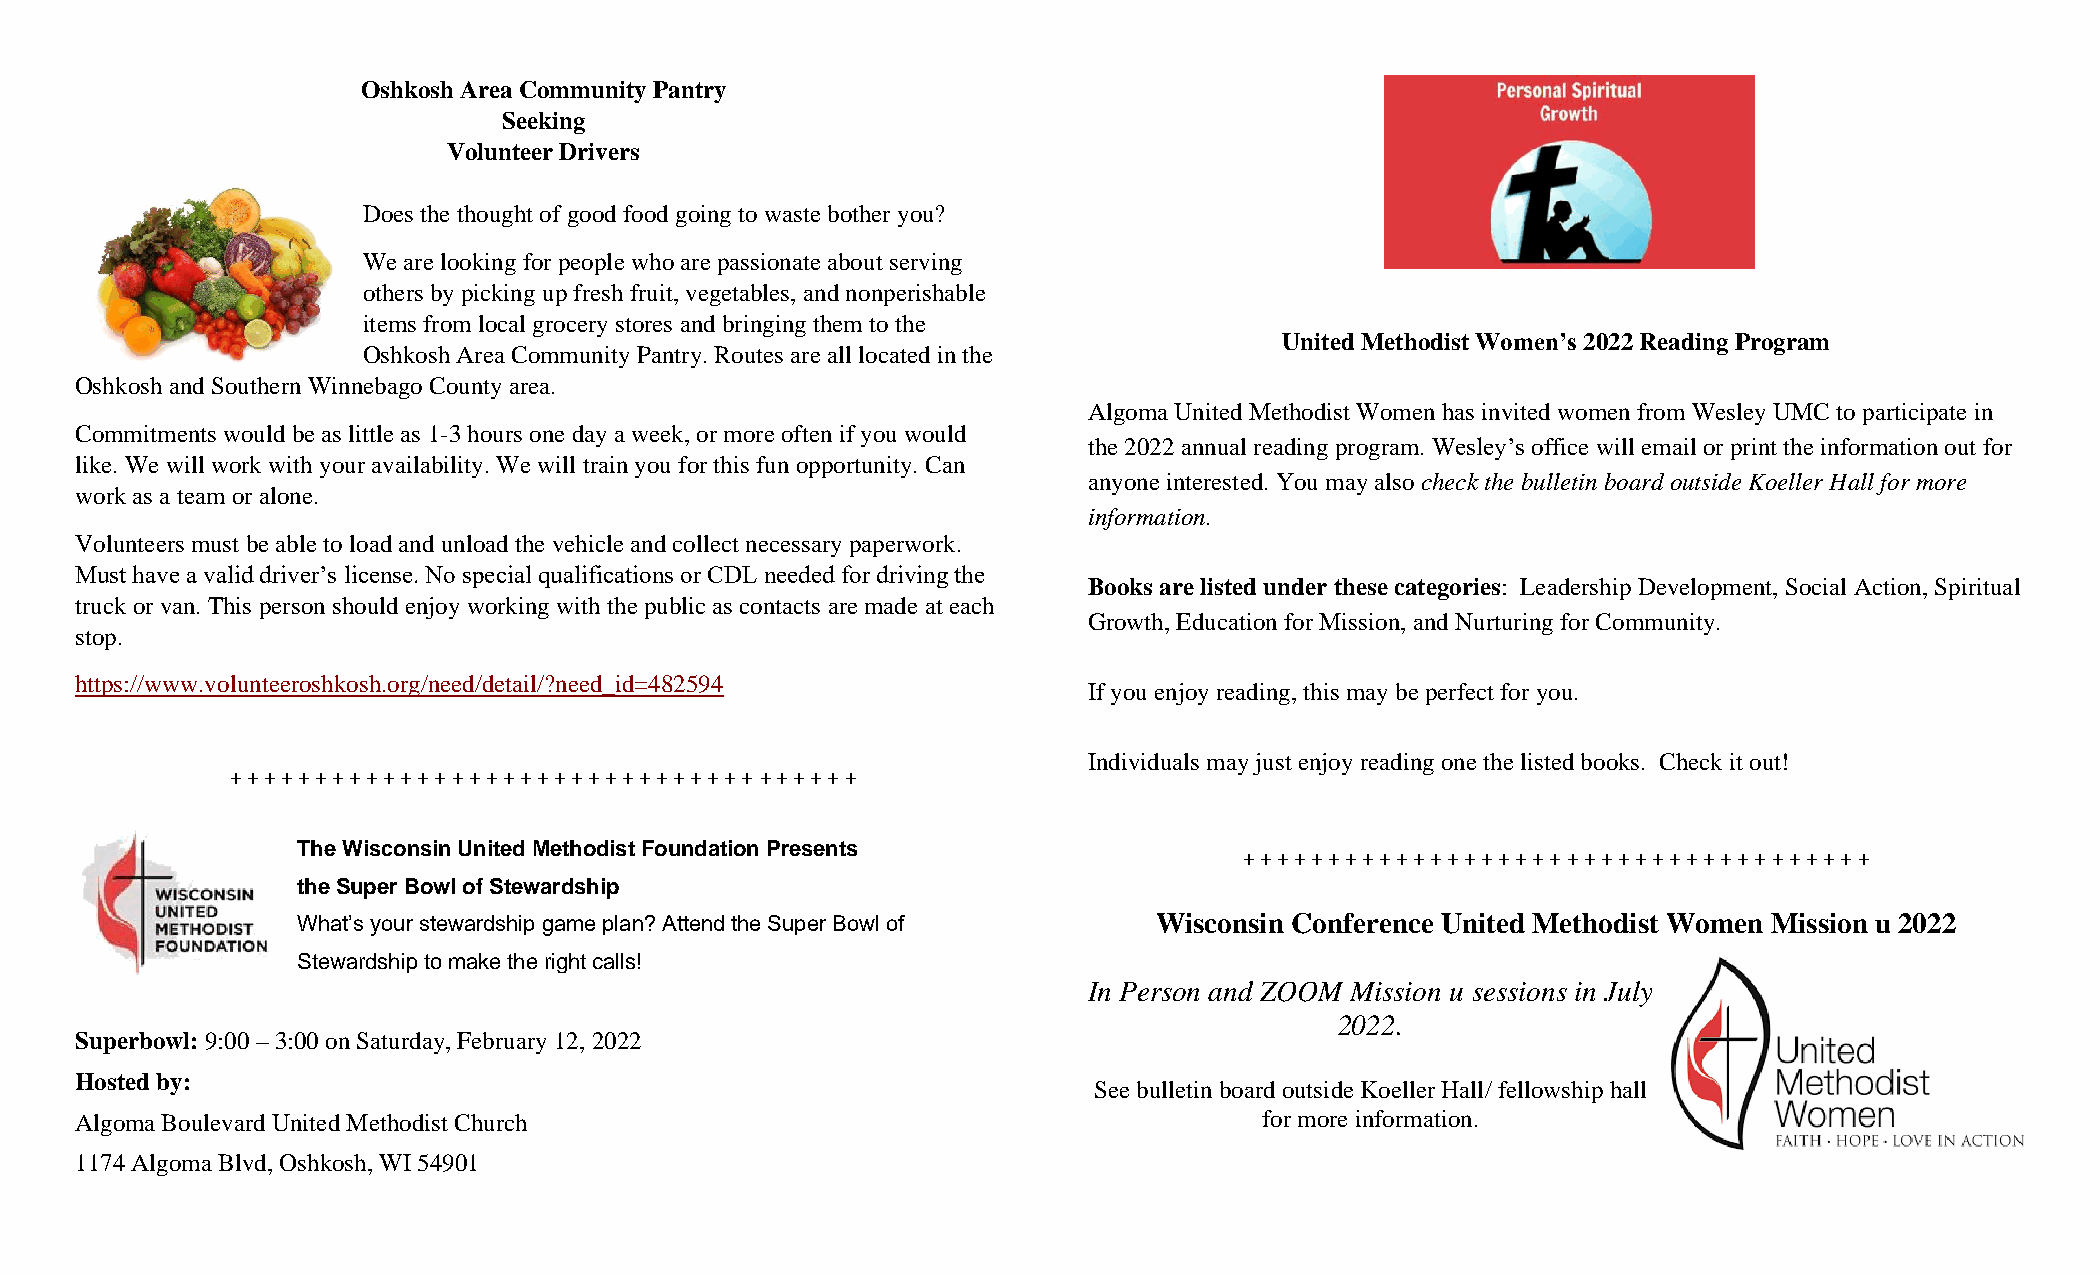
Oshkosh Area Community Pantry
 Seeking
 Volunteer Drivers
 Does the thought of good food going to waste bother you?
 We are looking for people who are passionate about serving
 others by picking up fresh fruit, vegetables, and nonperishable
 items from local grocery stores and bringing them to the
 United Methodist Women’s 2022 Reading Program
 Oshkosh Area Community Pantry. Routes are all located in the
 Oshkosh and Southern Winnebago County area.
 Algoma United Methodist Women has invited women from Wesley UMC to participate in
 Commitments would be as little as 1-3 hours one day a week, or more often if you would
 the 2022 annual reading program. Wesley’s office will email or print the information out for
 like. We will work with your availability. We will train you for this fun opportunity. Can
 anyone interested. You may also check the bulletin board outside Koeller Hall for more
 work as a team or alone.
 information.
 Volunteers must be able to load and unload the vehicle and collect necessary paperwork.
 Must have a valid driver’s license. No special qualifications or CDL needed for driving the
 Books are listed under these categories: Leadership Development, Social Action, Spiritual
 truck or van. This person should enjoy working with the public as contacts are made at each
 Growth, Education for Mission, and Nurturing for Community.
 stop.
 https://www.volunteeroshkosh.org/need/detail/?need_id=482594
 If you enjoy reading, this may be perfect for you.
 Individuals may just enjoy reading one the listed books. Check it out!
 + + + + + + + + + + + + + + + + + + + + + + + + + + + + + + + + + + + + +
 The Wisconsin United Methodist Foundation Presents
 + + + + + + + + + + + + + + + + + + + + + + + + + + + + + + + + + + + + +
 the Super Bowl of Stewardship
 What’s your stewardship game plan? Attend the Super Bowl of Wisconsin Conference United Methodist Women Mission u 2022
 Stewardship to make the right calls!
 In Person and ZOOM Mission u sessions in July
 2022.
 Superbowl: 9:00 – 3:00 on Saturday, February 12, 2022
 Hosted by:
 See bulletin board outside Koeller Hall/ fellowship hall
 Algoma Boulevard United Methodist Church                                       for more information.
 1174 Algoma Blvd, Oshkosh, WI 54901